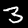
Digit: 3